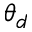
\theta _ { d }